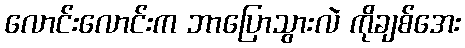
လောင်းလောင်းက ဘာပြောသွားလဲ ကိုချစ်အေး